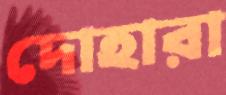
দোহারা